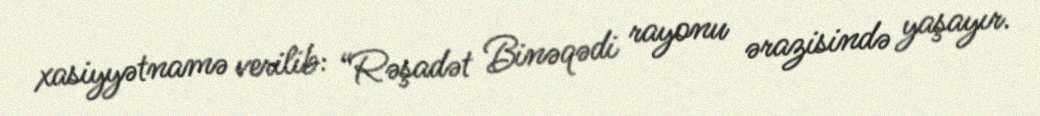
xasiyyətnamə verilib: “Rəşadət Binəqədi rayonu ərazisində yaşayır.